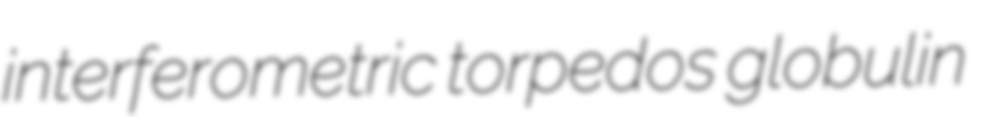
interferometric torpedos globulin